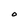
Character: O